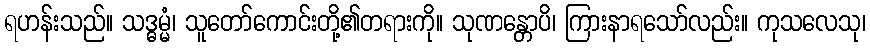
ရဟန်းသည်။ သဒ္ဓမ္မံ၊ သူတော်ကောင်းတို့၏တရားကို။ သုဏန္တောပိ၊ ကြားနာရသော်လည်း။ ကုသလေသု၊